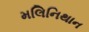
મલિનિથાન